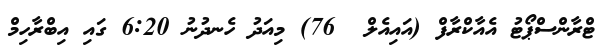
ޓްރާންސްޕޯޓު އެއާކްރާފް (އައިއެލް  76) މިއަދު ހެނދުނު 6:20 ގައި އިބްރާހިމް